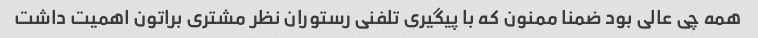
همه چی عالی بود ضمنا ممنون که با پیگیری تلفنی رستوران نظر مشتری براتون اهمیت داشت